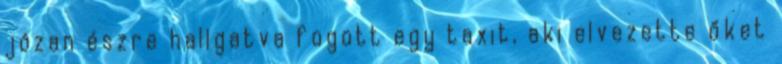
józan észre hallgatva fogott egy taxit, aki elvezette őket